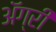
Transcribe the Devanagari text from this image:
ॲग्री